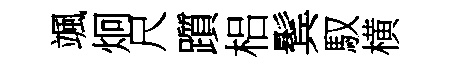
颯炯尺躓梠鬂馭横